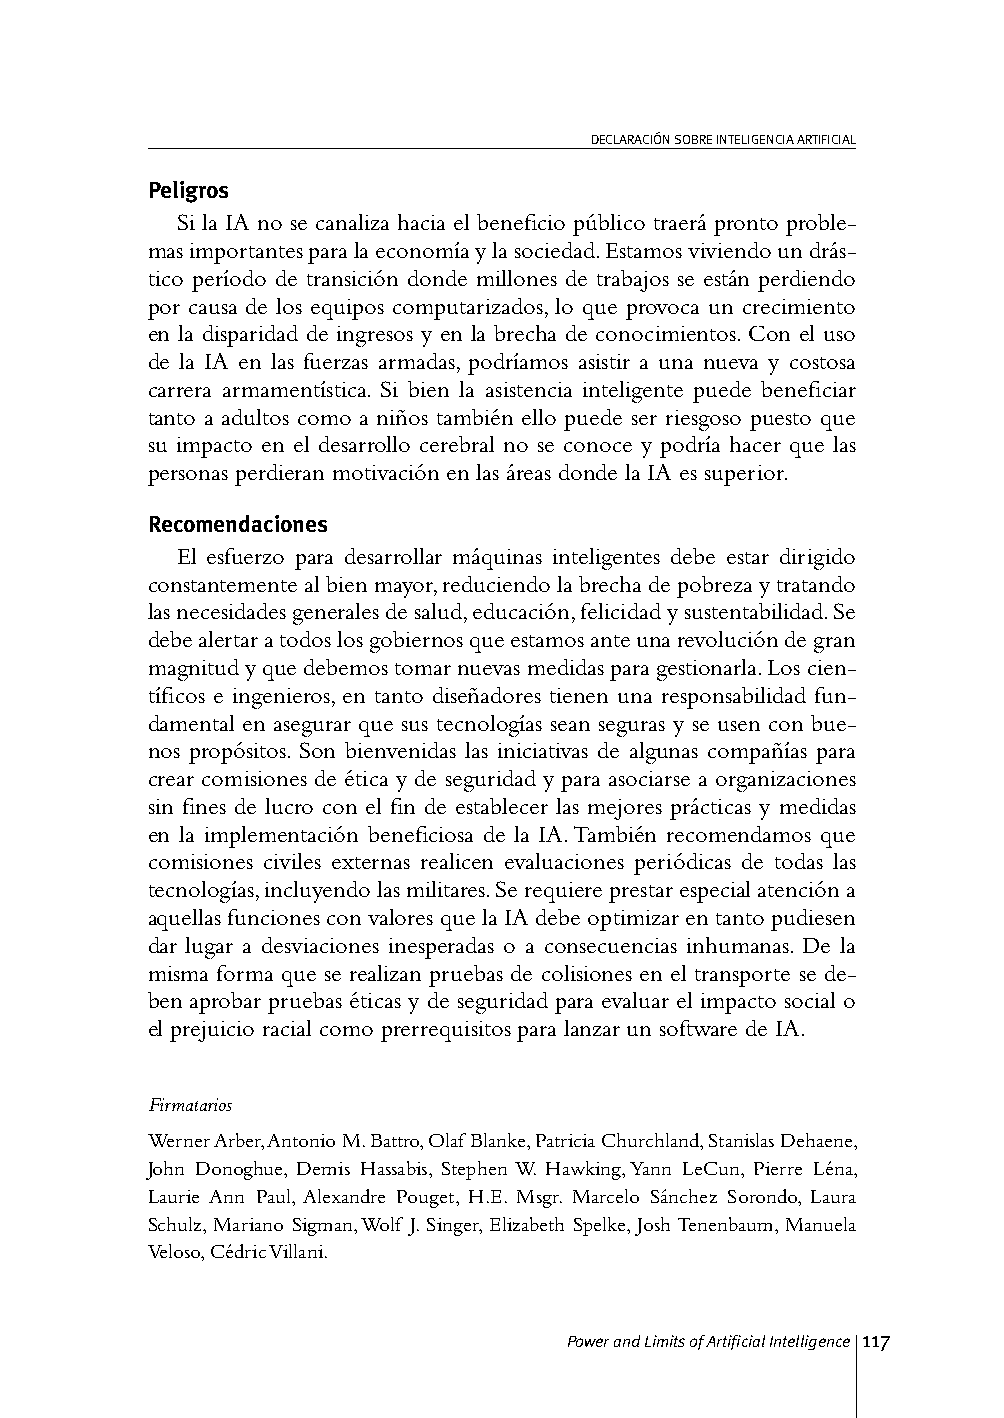
DECLARACIÓN SOBRE INTELIGENCIA ARTIFICIAL
 Peligros
 Si la IA no se canaliza hacia el beneficio público traerá pronto proble-
 mas importantes para la economía y la sociedad. Estamos viviendo un drás-
 tico período de transición donde millones de trabajos se están perdiendo
 por causa de los equipos computarizados, lo que provoca un crecimiento
 en la disparidad de ingresos y en la brecha de conocimientos. Con el uso
 de la IA en las fuerzas armadas, podríamos asistir a una nueva y costosa
 carrera armamentística. Si bien la asistencia inteligente puede beneficiar
 tanto a adultos como a niños también ello puede ser riesgoso puesto que
 su impacto en el desarrollo cerebral no se conoce y podría hacer que las
 personas perdieran motivación en las áreas donde la IA es superior.
 Recomendaciones
 El esfuerzo para desarrollar máquinas inteligentes debe estar dirigido
 constantemente al bien mayor, reduciendo la brecha de pobreza y tratando
 las necesidades generales de salud, educación, felicidad y sustentabilidad. Se
 debe alertar a todos los gobiernos que estamos ante una revolución de gran
 magnitud y que debemos tomar nuevas medidas para gestionarla. Los cien-
 tíficos e ingenieros, en tanto diseñadores tienen una responsabilidad fun-
 damental en asegurar que sus tecnologías sean seguras y se usen con bue-
 nos propósitos. Son bienvenidas las iniciativas de algunas compañías para
 crear comisiones de ética y de seguridad y para asociarse a organizaciones
 sin fines de lucro con el fin de establecer las mejores prácticas y medidas
 en la implementación beneficiosa de la IA. También recomendamos que
 comisiones civiles externas realicen evaluaciones periódicas de todas las
 tecnologías, incluyendo las militares. Se requiere prestar especial atención a
 aquellas funciones con valores que la IA debe optimizar en tanto pudiesen
 dar lugar a desviaciones inesperadas o a consecuencias inhumanas. De la
 misma forma que se realizan pruebas de colisiones en el transporte se de-
 ben aprobar pruebas éticas y de seguridad para evaluar el impacto social o
 el prejuicio racial como prerrequisitos para lanzar un software de IA.
 Firmatarios
 Werner Arber, Antonio M. Battro, Olaf Blanke, Patricia Churchland, Stanislas Dehaene,
 John Donoghue, Demis Hassabis, Stephen W. Hawking, Yann LeCun, Pierre Léna,
 Laurie Ann Paul, Alexandre Pouget, H.E. Msgr. Marcelo Sánchez Sorondo, Laura
 Schulz, Mariano Sigman, Wolf J. Singer, Elizabeth Spelke, Josh Tenenbaum, Manuela
 Veloso, Cédric Villani.
 Power and Limits of Artificial Intelligence 117